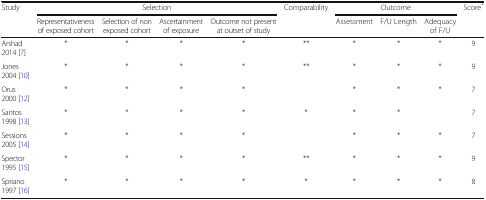
<table><thead><tr><td><b>Study</b></td><td colspan="4"><b>Selection</b></td><td><b>Comparability</b></td><td colspan="3"><b>Outcome</b></td><td><b>Score<sup>*</sup></b></td></tr><tr><td></td><td><b>Representativeness of exposed cohort</b></td><td><b>Selection of non exposed cohort</b></td><td><b>Ascertainment of exposure</b></td><td><b>Outcome not present at outset of study</b></td><td></td><td><b>Assessment</b></td><td><b>F/U Length</b></td><td><b>Adequacy of F/U</b></td><td></td></tr></thead><tbody><tr><td>Arshad 2014 [7]</td><td>*</td><td>*</td><td>*</td><td>*</td><td>**</td><td>*</td><td>*</td><td>*</td><td>9</td></tr><tr><td>Jones 2004 [10]</td><td>*</td><td>*</td><td>*</td><td>*</td><td>**</td><td>*</td><td>*</td><td>*</td><td>9</td></tr><tr><td>Orus 2000 [12]</td><td>*</td><td>*</td><td>*</td><td>*</td><td></td><td>*</td><td>*</td><td>*</td><td>7</td></tr><tr><td>Santos 1998 [13]</td><td>*</td><td>*</td><td>*</td><td>*</td><td>*</td><td>*</td><td>*</td><td></td><td>7</td></tr><tr><td>Sessions 2005 [14]</td><td>*</td><td>*</td><td>*</td><td>*</td><td></td><td>*</td><td>*</td><td>*</td><td>7</td></tr><tr><td>Spector 1995 [15]</td><td>*</td><td>*</td><td>*</td><td>*</td><td>**</td><td>*</td><td>*</td><td>*</td><td>9</td></tr><tr><td>Spriano 1997 [16]</td><td>*</td><td>*</td><td>*</td><td>*</td><td>*</td><td>*</td><td>*</td><td>*</td><td>8</td></tr></tbody></table>